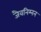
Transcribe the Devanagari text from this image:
जैवनिम्नन